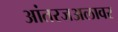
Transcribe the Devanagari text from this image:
आंतरजअलावर